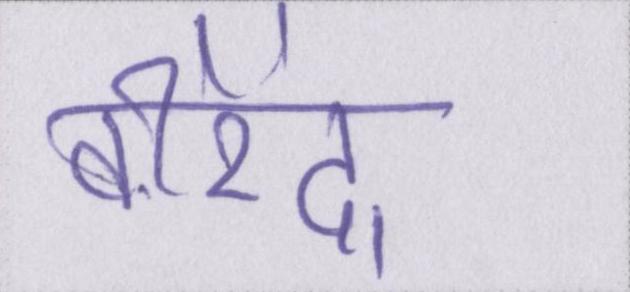
वीरेंद्र